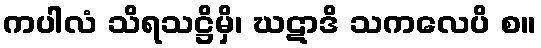
ကပါလံ သိရသဋ္ဌိမှိ၊ ဃဋာဒိ သကလေပိ စ။